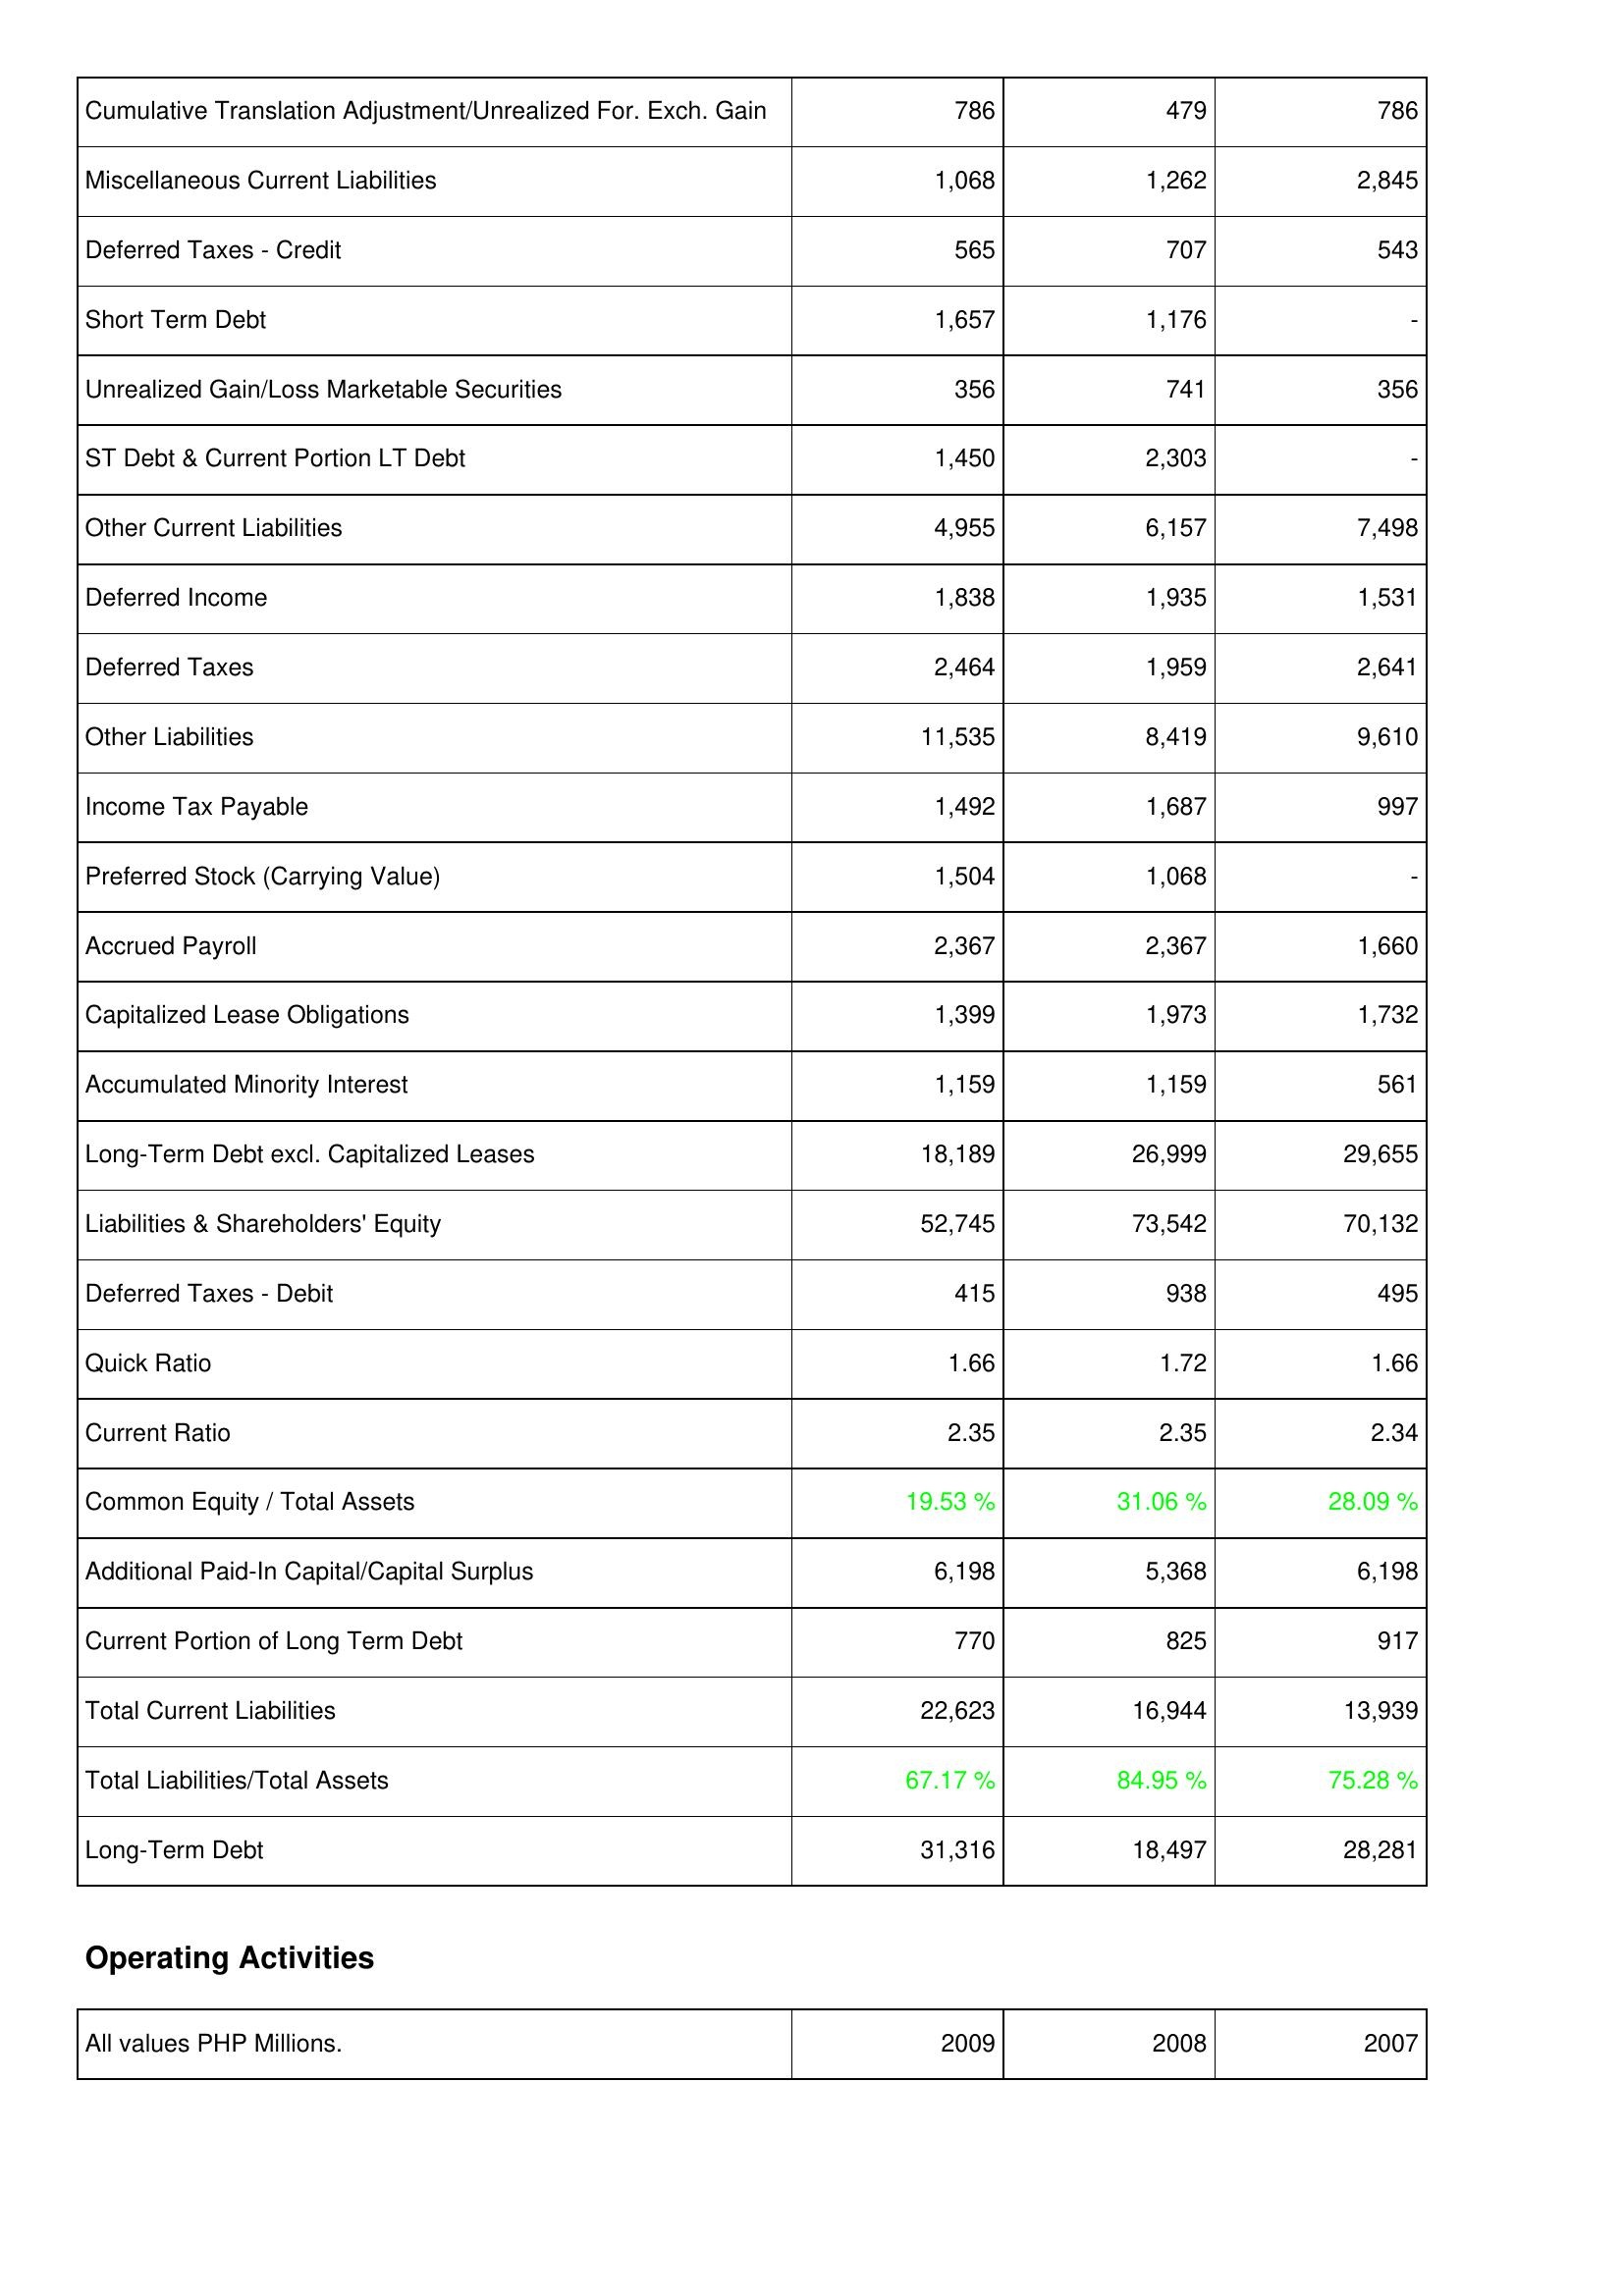
2009: Liabilities & Shareholders' Equity: Cumulative Translation Adjustment/Unrealized For. Exch. Gain: 786
Miscellaneous Current Liabilities: 1,068
Deferred Taxes - Credit: 565
Short Term Debt: 1,657
Unrealized Gain/Loss Marketable Securities: 356
ST Debt & Current Portion LT Debt: 1,450
Other Current Liabilities: 4,955
Deferred Income: 1,838
Deferred Taxes: 2,464
Other Liabilities: 11,535
Income Tax Payable: 1,492
Preferred Stock (Carrying Value): 1,504
Accrued Payroll: 2,367
Capitalized Lease Obligations: 1,399
Accumulated Minority Interest: 1,159
Long-Term Debt excl. Capitalized Leases: 18,189
Liabilities & Shareholders' Equity: 52,745
Deferred Taxes - Debit: 415
Quick Ratio: 1.66
Current Ratio: 2.35
Common Equity / Total Assets: 19.53 %
Additional Paid-In Capital/Capital Surplus: 6,198
Current Portion of Long Term Debt: 770
Total Current Liabilities: 22,623
Total Liabilities/Total Assets: 67.17 %
Long-Term Debt: 31,316
2008: Liabilities & Shareholders' Equity: Cumulative Translation Adjustment/Unrealized For. Exch. Gain: 479
Miscellaneous Current Liabilities: 1,262
Deferred Taxes - Credit: 707
Short Term Debt: 1,176
Unrealized Gain/Loss Marketable Securities: 741
ST Debt & Current Portion LT Debt: 2,303
Other Current Liabilities: 6,157
Deferred Income: 1,935
Deferred Taxes: 1,959
Other Liabilities: 8,419
Income Tax Payable: 1,687
Preferred Stock (Carrying Value): 1,068
Accrued Payroll: 2,367
Capitalized Lease Obligations: 1,973
Accumulated Minority Interest: 1,159
Long-Term Debt excl. Capitalized Leases: 26,999
Liabilities & Shareholders' Equity: 73,542
Deferred Taxes - Debit: 938
Quick Ratio: 1.72
Current Ratio: 2.35
Common Equity / Total Assets: 31.06 %
Additional Paid-In Capital/Capital Surplus: 5,368
Current Portion of Long Term Debt: 825
Total Current Liabilities: 16,944
Total Liabilities/Total Assets: 84.95 %
Long-Term Debt: 18,497
2007: Liabilities & Shareholders' Equity: Cumulative Translation Adjustment/Unrealized For. Exch. Gain: 786
Miscellaneous Current Liabilities: 2,845
Deferred Taxes - Credit: 543
Short Term Debt: -
Unrealized Gain/Loss Marketable Securities: 356
ST Debt & Current Portion LT Debt: -
Other Current Liabilities: 7,498
Deferred Income: 1,531
Deferred Taxes: 2,641
Other Liabilities: 9,610
Income Tax Payable: 997
Preferred Stock (Carrying Value): -
Accrued Payroll: 1,660
Capitalized Lease Obligations: 1,732
Accumulated Minority Interest: 561
Long-Term Debt excl. Capitalized Leases: 29,655
Liabilities & Shareholders' Equity: 70,132
Deferred Taxes - Debit: 495
Quick Ratio: 1.66
Current Ratio: 2.34
Common Equity / Total Assets: 28.09 %
Additional Paid-In Capital/Capital Surplus: 6,198
Current Portion of Long Term Debt: 917
Total Current Liabilities: 13,939
Total Liabilities/Total Assets: 75.28 %
Long-Term Debt: 28,281